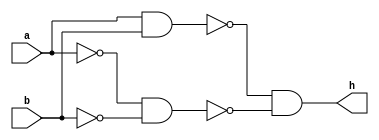
module xor_gate (h,b,a);
wire c,d,e,f,g;
input a,b;
output h;

nand(c,a,a);
nand(d,b,b);
nand(e,a,b);
nand(f,c,d);
nand(g,e,f);
nand(h,g,g);

endmodule